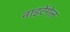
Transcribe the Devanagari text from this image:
नाइटेंगेल